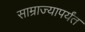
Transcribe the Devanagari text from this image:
साम्राज्यापर्यंत